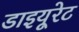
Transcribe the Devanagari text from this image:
डाइयूरेट